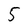
Character: 5